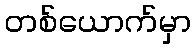
တစ်ယောက်မှာ